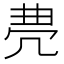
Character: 𠙐